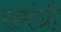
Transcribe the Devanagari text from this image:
समंग्री